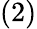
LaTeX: (2)